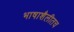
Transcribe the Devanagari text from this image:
भाषाशैलीतच